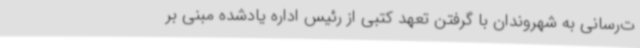
ت‌رسانی به شهروندان با گرفتن تعهد کتبی از رئیس اداره یادشده مبنی بر